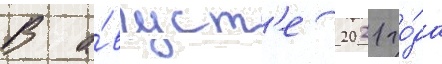
В а́вгуст'е 2021 го́да